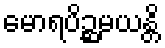
မောရပိဉ္ဆမယန္တိ